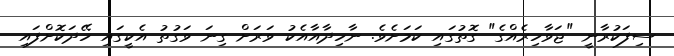
ސިފަކުރާނީ "ޖަވާހިރެއްގެ" ގޮތުގައި ކަމަށެވެ. ނާހިދާއާއެކު ވަރަށް ގިނަ ވަގުތު އެކީގައި ހޭދަކޮށްފައި